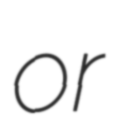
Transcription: or